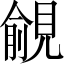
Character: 覦